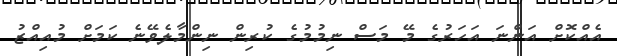
އެއްކޮށް އަންނަ އަހަރުގެ މޭ މަސް ނިމުމުގެ ކުރިން ނިންމާލެވޭނެ ކަމަށް މުއިއްޒު